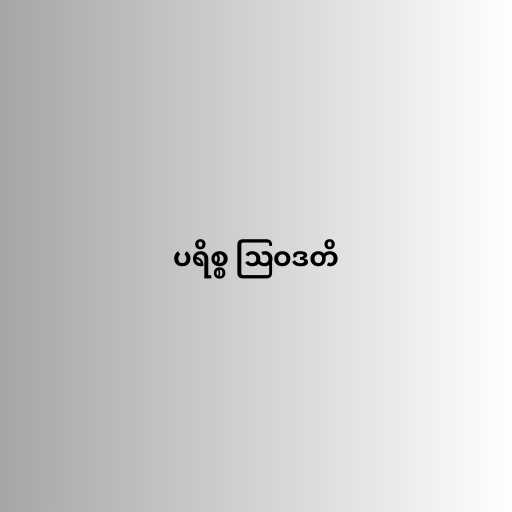
ပရိစ္စ ဩဝဒတိ